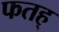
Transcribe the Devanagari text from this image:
फतह्